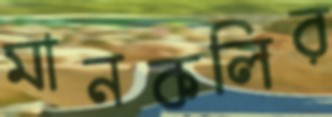
মানকলির